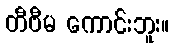
တီဗီမ ကောင်းဘူး။